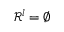
\mathcal { R } ^ { l } = \emptyset